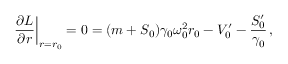
\left. { \frac { \partial L } { \partial r } } \right| _ { r = r _ { 0 } } = 0 = ( m + S _ { 0 } ) \gamma _ { 0 } \omega _ { 0 } ^ { 2 } r _ { 0 } - V _ { 0 } ^ { \prime } - { \frac { S _ { 0 } ^ { \prime } } { \gamma _ { 0 } } } \, ,